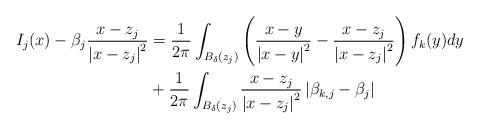
LaTeX: \begin{align*}\begin{aligned}I_{j}(x)-\beta_j\frac{x-z_j}{\left|x-z_j\right|^{2}}&=\frac{1}{2\pi}\int_{B_{\delta}(z_j)}\left(\frac{x-y}{\left|x-y\right|^{2}}-\frac{x-z_j}{\left|x-z_j\right|^{2}}\right)f_{k}(y)dy\\&+\frac{1}{2\pi}\int_{B_{\delta}(z_j)}\frac{x-z_j}{\left|x-z_j\right|^{2}}\left|\beta_{k,j}-\beta_{j}\right|\end{aligned}\end{align*}